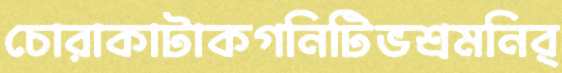
চোরাকাটাকগনিটিভশ্রমনির্